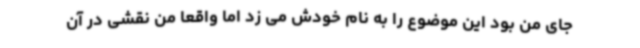
جای من بود این موضوع را به نام خودش می زد اما واقعا من نقشی در آن